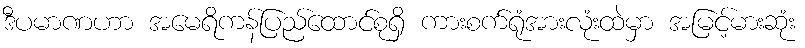
ဒီပမာဏဟာ အမေရိကန်ပြည်ထောင်စုရှိ ကားစက်ရုံအားလုံးထဲမှာ အမြင့်မားဆုံး